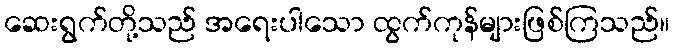
ဆေးရွက်တို့သည် အရေးပါသော ထွက်ကုန်များဖြစ်ကြသည်။